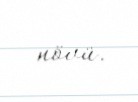
növü.